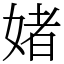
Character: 媎